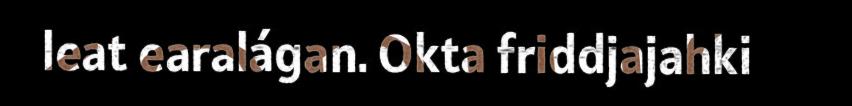
leat earalágan. Okta friddjajahki